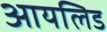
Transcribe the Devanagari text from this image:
आयलिड